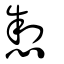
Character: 𢛁